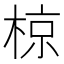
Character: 椋